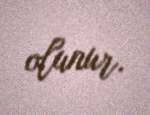
olunur.